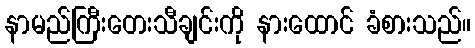
နာမည်ကြီးတေးသီချင်းကို နားထောင် ခံစားသည်။